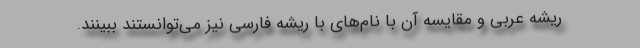
ریشه عربی و مقایسه آن با نام‌های با ریشه فارسی نیز می‌توانستند ببینند.